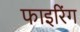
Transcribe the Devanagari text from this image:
फाइरिंग